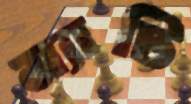
ম্যাটি